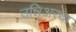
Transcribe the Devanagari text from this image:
उन्निअरचा